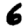
Digit: 6